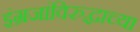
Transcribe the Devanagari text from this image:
इंग्रजांविरुद्धाच्या